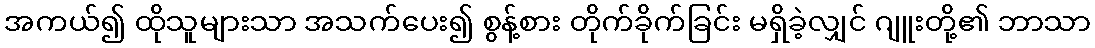
အကယ်၍ ထိုသူများသာ အသက်ပေး၍ စွန့်စား တိုက်ခိုက်ခြင်း မရှိခဲ့လျှင် ဂျူးတို့၏ ဘာသာ